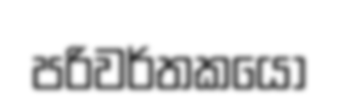
පරිවර්තකයෝ